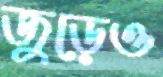
জুড়েও